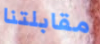
مقابلتنا